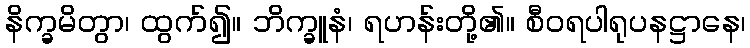
နိက္ခမိတွာ၊ ထွက်၍။ ဘိက္ခူနံ၊ ရဟန်းတို့၏။ စီဝရပါရုပနဋ္ဌာနေ၊